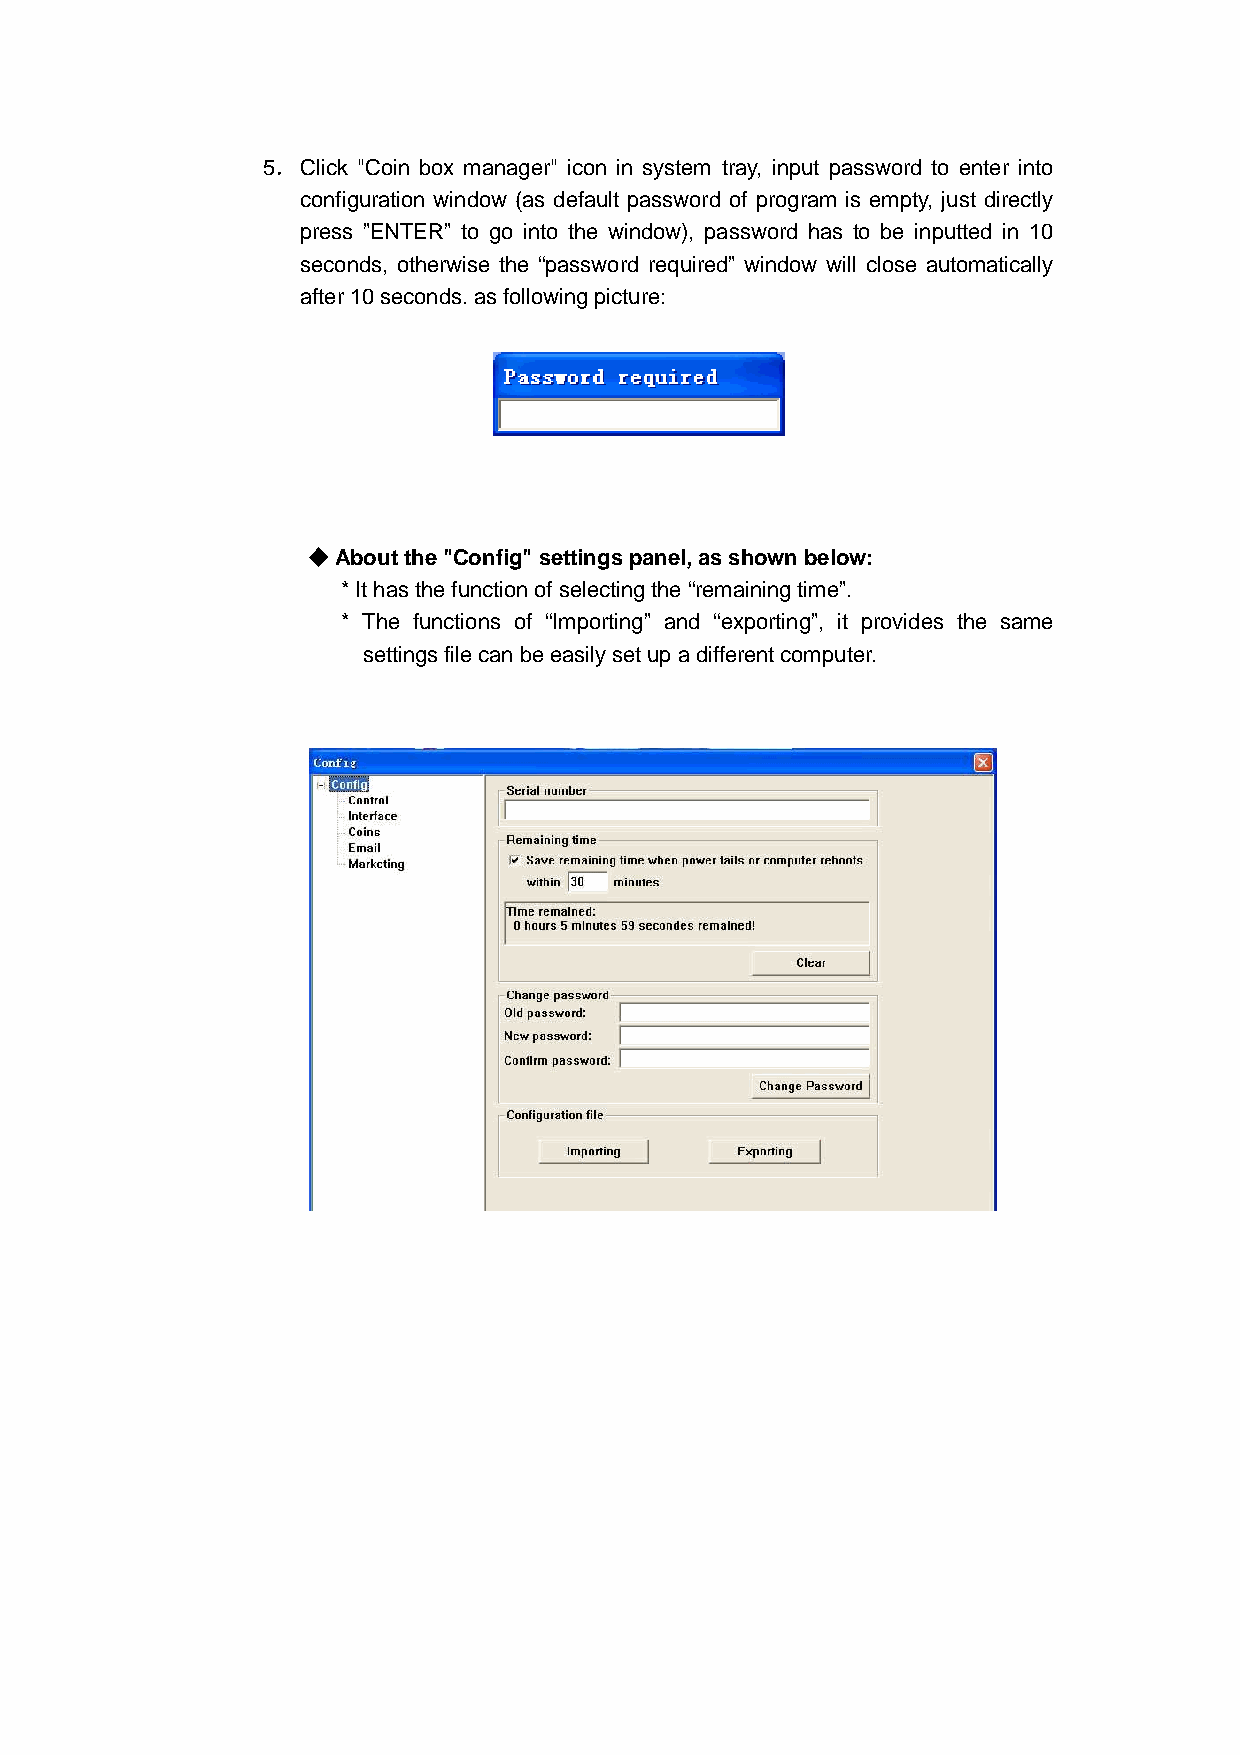
5． Click "Coin box manager" icon in system tray, input password to enter into
 configuration window (as default password of program is empty, just directly
 press ”ENTER” to go into the window), password has to be inputted in 10
 seconds, otherwise the “password required” window will close automatically
 after 10 seconds. as following picture:
 ◆◆◆◆ About the "Config" settings panel, as shown below:
 * It has the function of selecting the “remaining time”.
 * The functions of “Importing” and “exporting”, it provides the same
 settings file can be easily set up a different computer.